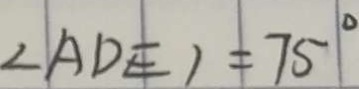
\angle A D E ) = 7 5 ^ { \circ }